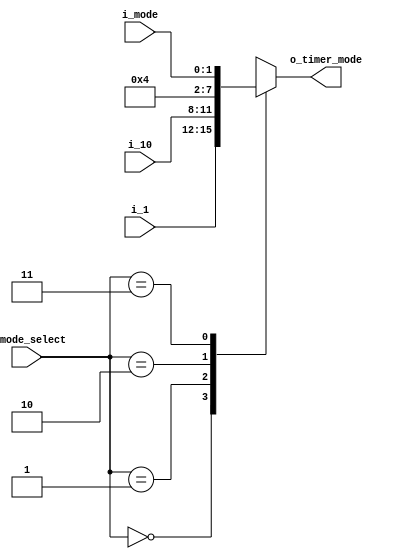
`timescale 1ns / 1ps

module MUX_Timer(
    input [3:0] i_10, i_1,
    input [1:0] i_mode,
    input [1:0] i_mode_select,
    output [3:0] o_timer_mode
    );

    reg [3:0] r_timer_mode;
    assign o_timer_mode = r_timer_mode;

    always @(i_mode_select) begin
        case (i_mode_select)
        2'h0 : r_timer_mode <= i_1;
        2'h1 : r_timer_mode <= i_10;
        2'h2 : r_timer_mode <= 4'b0001;
        2'h3 : r_timer_mode <= i_mode;
        endcase
        
    end
endmodule